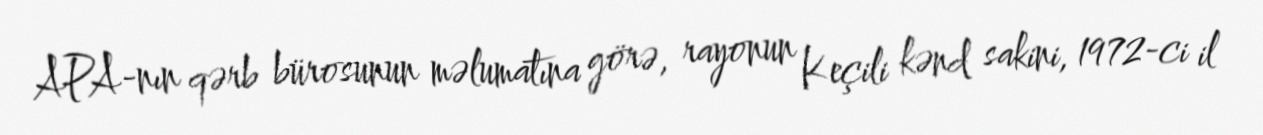
APA-nın qərb bürosunun məlumatına görə, rayonun Keçili kənd sakini, 1972-ci il